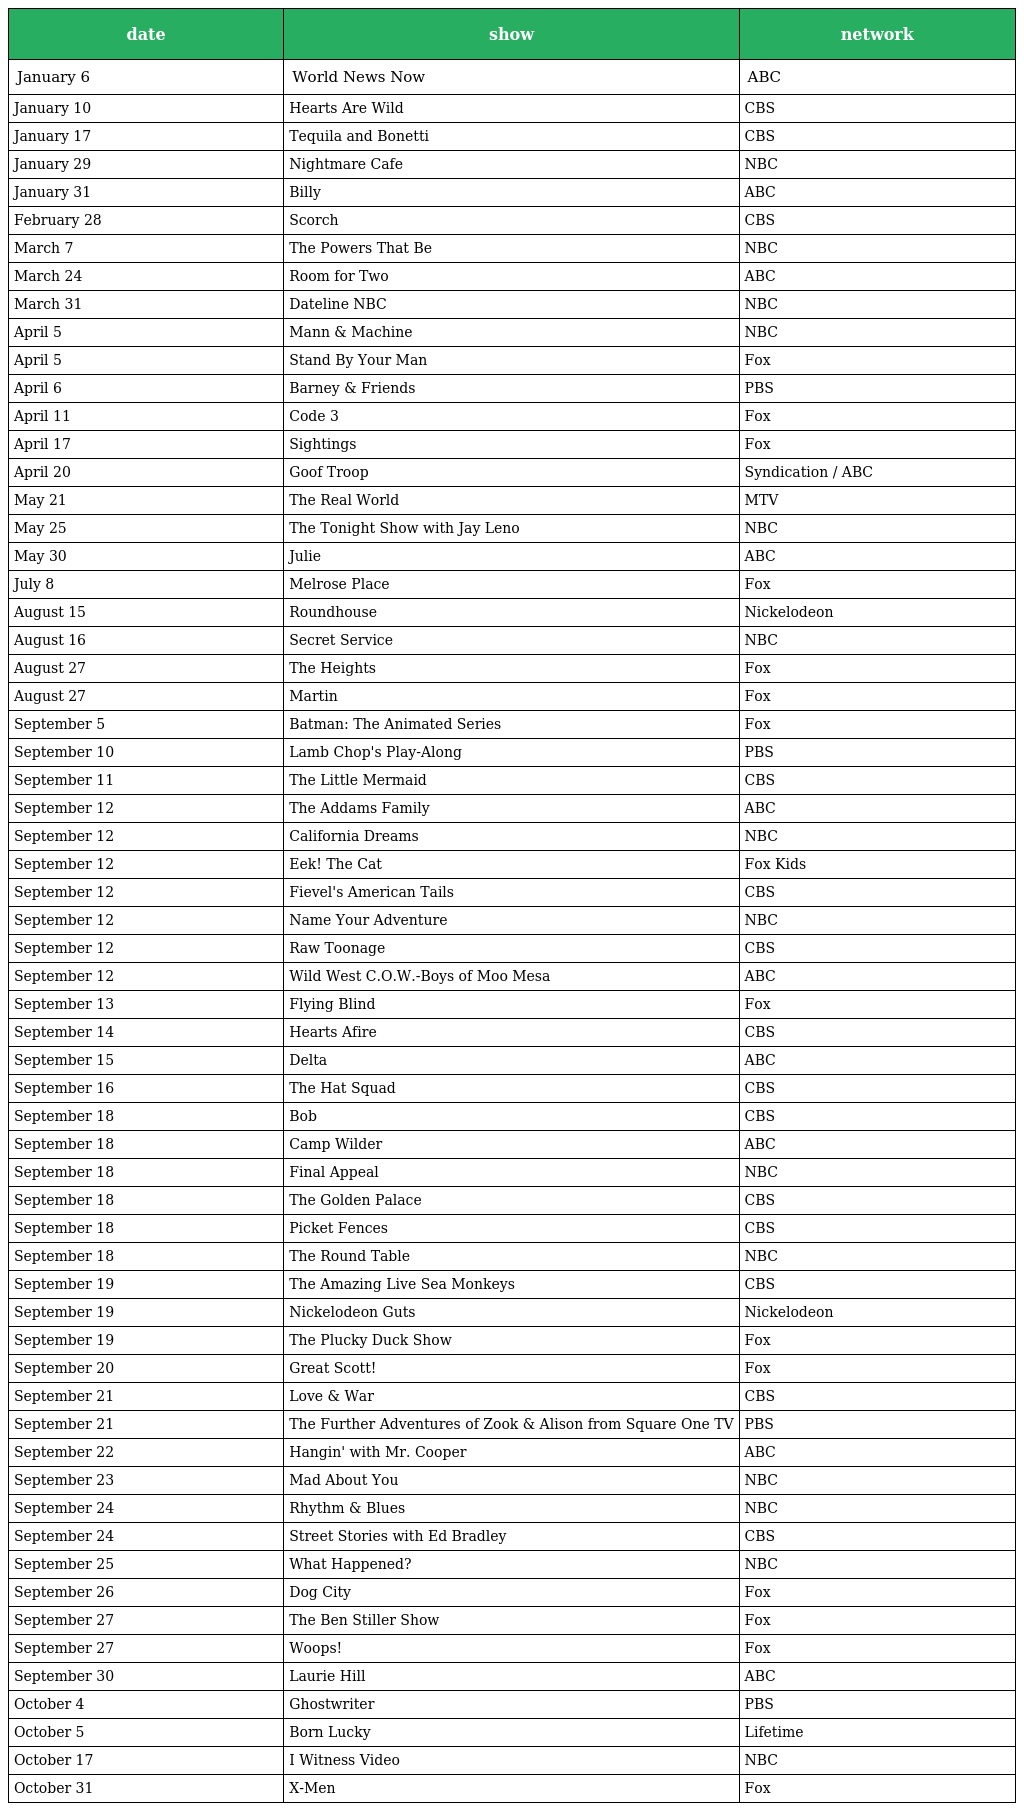
| date | show | network |
 | --- | --- | --- |
 | January 6 | World News Now | ABC |
 | January 10 | Hearts Are Wild | CBS |
 | January 17 | Tequila and Bonetti | CBS |
 | January 29 | Nightmare Cafe | NBC |
 | January 31 | Billy | ABC |
 | February 28 | Scorch | CBS |
 | March 7 | The Powers That Be | NBC |
 | March 24 | Room for Two | ABC |
 | March 31 | Dateline NBC | NBC |
 | April 5 | Mann & Machine | NBC |
 | April 5 | Stand By Your Man | Fox |
 | April 6 | Barney & Friends | PBS |
 | April 11 | Code 3 | Fox |
 | April 17 | Sightings | Fox |
 | April 20 | Goof Troop | Syndication / ABC |
 | May 21 | The Real World | MTV |
 | May 25 | The Tonight Show with Jay Leno | NBC |
 | May 30 | Julie | ABC |
 | July 8 | Melrose Place | Fox |
 | August 15 | Roundhouse | Nickelodeon |
 | August 16 | Secret Service | NBC |
 | August 27 | The Heights | Fox |
 | August 27 | Martin | Fox |
 | September 5 | Batman: The Animated Series | Fox |
 | September 10 | Lamb Chop's Play-Along | PBS |
 | September 11 | The Little Mermaid | CBS |
 | September 12 | The Addams Family | ABC |
 | September 12 | California Dreams | NBC |
 | September 12 | Eek! The Cat | Fox Kids |
 | September 12 | Fievel's American Tails | CBS |
 | September 12 | Name Your Adventure | NBC |
 | September 12 | Raw Toonage | CBS |
 | September 12 | Wild West C.O.W.-Boys of Moo Mesa | ABC |
 | September 13 | Flying Blind | Fox |
 | September 14 | Hearts Afire | CBS |
 | September 15 | Delta | ABC |
 | September 16 | The Hat Squad | CBS |
 | September 18 | Bob | CBS |
 | September 18 | Camp Wilder | ABC |
 | September 18 | Final Appeal | NBC |
 | September 18 | The Golden Palace | CBS |
 | September 18 | Picket Fences | CBS |
 | September 18 | The Round Table | NBC |
 | September 19 | The Amazing Live Sea Monkeys | CBS |
 | September 19 | Nickelodeon Guts | Nickelodeon |
 | September 19 | The Plucky Duck Show | Fox |
 | September 20 | Great Scott! | Fox |
 | September 21 | Love & War | CBS |
 | September 21 | The Further Adventures of Zook & Alison from Square One TV | PBS |
 | September 22 | Hangin' with Mr. Cooper | ABC |
 | September 23 | Mad About You | NBC |
 | September 24 | Rhythm & Blues | NBC |
 | September 24 | Street Stories with Ed Bradley | CBS |
 | September 25 | What Happened? | NBC |
 | September 26 | Dog City | Fox |
 | September 27 | The Ben Stiller Show | Fox |
 | September 27 | Woops! | Fox |
 | September 30 | Laurie Hill | ABC |
 | October 4 | Ghostwriter | PBS |
 | October 5 | Born Lucky | Lifetime |
 | October 17 | I Witness Video | NBC |
 | October 31 | X-Men | Fox |